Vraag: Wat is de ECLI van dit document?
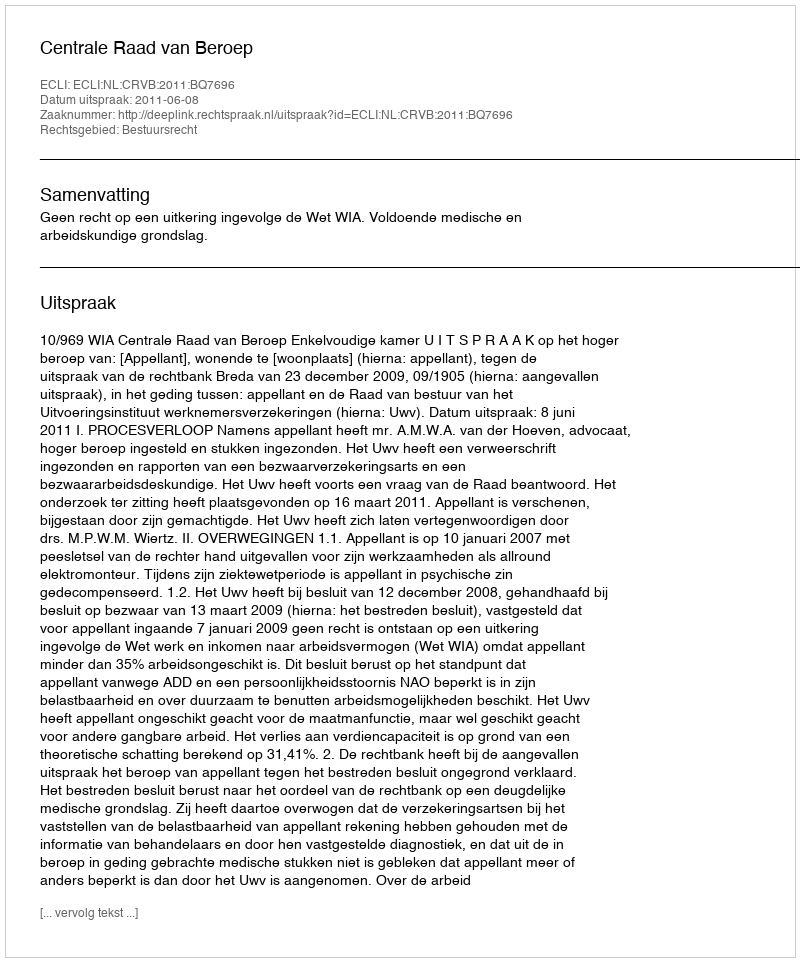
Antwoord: ECLI:NL:CRVB:2011:BQ7696